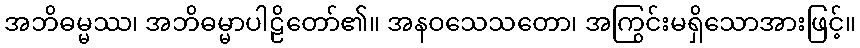
အဘိဓမ္မဿ၊ အဘိဓမ္မာပါဠိတော်၏။ အနဝသေသတော၊ အကြွင်းမရှိသောအားဖြင့်။